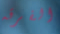
الفرقه